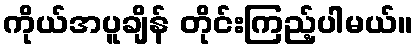
ကိုယ်အပူချိန် တိုင်းကြည့်ပါမယ်။